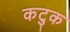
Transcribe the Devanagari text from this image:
कटुक